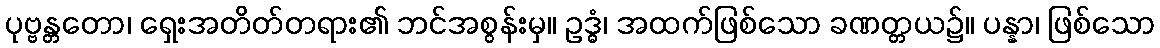
ပုဗ္ဗန္တတော၊ ရှေးအတိတ်တရား၏ ဘင်အစွန်းမှ။ ဥဒ္ဓံ၊ အထက်ဖြစ်သော ခဏတ္တယ၌။ ပန္နာ၊ ဖြစ်သော